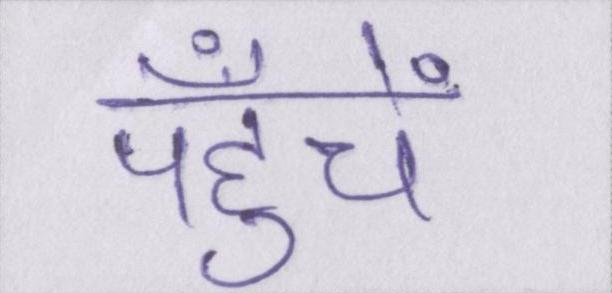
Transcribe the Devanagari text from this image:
पहुँचें